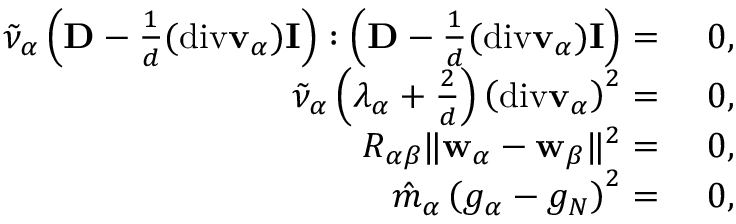
\begin{array} { r l } { \tilde { \nu } _ { \alpha } \left( \mathbf { D } - \frac { 1 } { d } ( \mathrm { d i v } \mathbf { v } _ { \alpha } ) \mathbf { I } \right) : \left( \mathbf { D } - \frac { 1 } { d } ( \mathrm { d i v } \mathbf { v } _ { \alpha } ) \mathbf { I } \right) = } & { { } ~ 0 , } \\ { \tilde { \nu } _ { \alpha } \left( \lambda _ { \alpha } + \frac { 2 } { d } \right) \left( \mathrm { d i v } \mathbf { v } _ { \alpha } \right) ^ { 2 } = } & { { } ~ 0 , } \\ { R _ { \alpha { \beta } } \| \mathbf { w } _ { \alpha } - \mathbf { w } _ { \beta } \| ^ { 2 } = } & { { } ~ 0 , } \\ { \hat { m } _ { \alpha } \left( g _ { \alpha } - g _ { N } \right) ^ { 2 } = } & { { } ~ 0 , } \end{array}